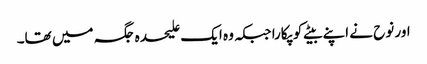
اور نوح نے اپنے بیٹے کو پکارا جبکہ وہ ایک علیحدہ جگہ میں تھا۔